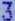
3